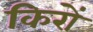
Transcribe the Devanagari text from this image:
किरों